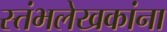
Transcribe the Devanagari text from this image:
स्तंभलेखकांना